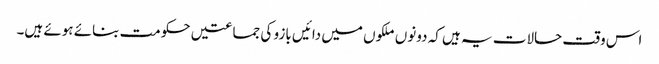
اس وقت حالات یہ ہیں کہ دونوں ملکوں میں دائیں بازو کی جماعتیں حکومت بنائے ہوئے ہیں۔